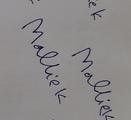
Signature authenticity: forged